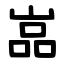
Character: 嵓